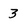
Character: 3